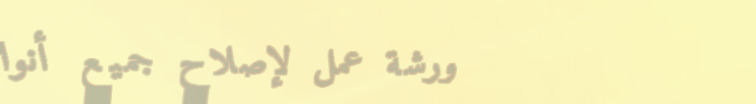
ورشة عمل لإصلاح جميع أنوا